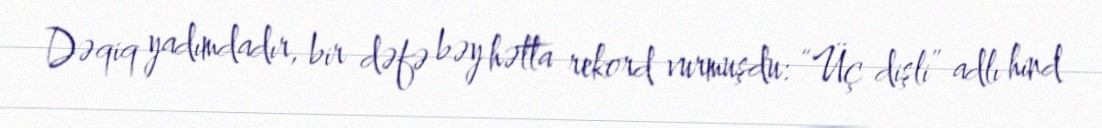
Dəqiq yadımdadır, bir dəfə bəy hətta rekord vurmuşdu: “Üç dişli” adlı hind